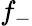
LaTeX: f_{-}